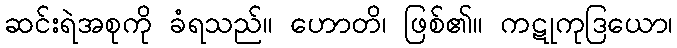
ဆင်းရဲအစုကို ခံရသည်။ ဟောတိ၊ ဖြစ်၏။ ကဋုကုဒြယော၊